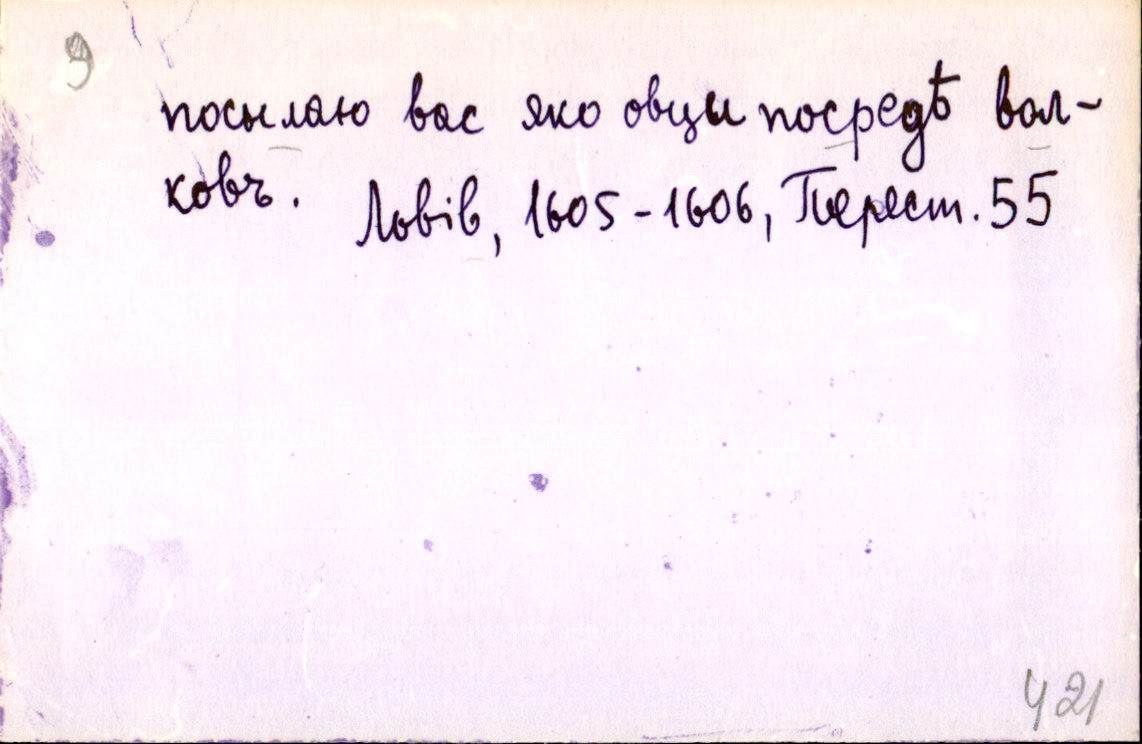
посилаю вас яко овци посредѣ вол-
ковъ.   
Львів, 1605-1606, Перест. 55